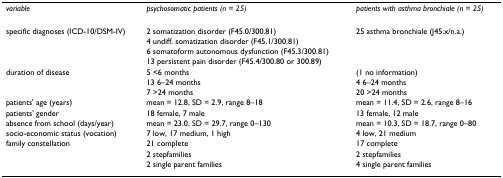
| variable | psychosomatic patients (n = 25) | patients with asthma bronchiale (n = 25) |
 | --- | --- | --- |
 | specific diagnoses (ICD-10/DSM-IV) | 2 somatization disorder (F45.0/300.81) | 25 asthma bronchiale (J45.x/n.a.) |
 |  | 4 undiff. somatization disorder (F45.1/300.81) |  |
 |  | 6 somatoform autonomous dysfunction (F45.3/300.81) |  |
 |  | 13 persistent pain disorder (F45.4/300.80 or 300.89) |  |
 | duration of disease | 5 <6 months | (1 no information) |
 |  | 13 6–24 months | 4 6–24 months |
 |  | 7 >24 months | 20 >24 months |
 | patients' age (years) | mean = 12.8, SD = 2.9, range 8–18 | mean = 11.4, SD = 2.6, range 8–16 |
 | patients' gender | 18 female, 7 male | 13 female, 12 male |
 | absence from school (days/year) | mean = 23.0, SD = 29.7, range 0–130 | mean = 10.3, SD = 18.7, range 0–80 |
 | socio-economic status (vocation) | 7 low, 17 medium, 1 high | 4 low, 21 medium |
 | family constellation | 21 complete | 17 complete |
 |  | 2 stepfamilies | 2 stepfamilies |
 |  | 2 single parent families | 4 single parent families |